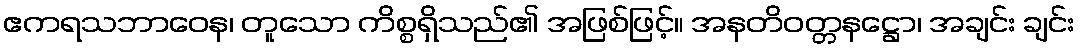
ဧကရသဘာဝေန၊ တူသော ကိစ္စရှိသည်၏ အဖြစ်ဖြင့်။ အနတိဝတ္တနဋ္ဌော၊ အချင်း ချင်း